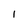
Character: 1